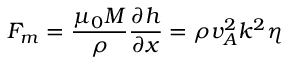
F _ { m } = \frac { \mu _ { 0 } M } { \rho } \frac { \partial h } { \partial x } = \rho v _ { A } ^ { 2 } k ^ { 2 } \eta